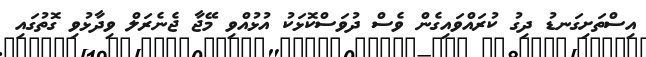
އިސްތަށިގަނޑު ދިގު ކުރައްވައިގެން ވެސް ދުވަސްކޮޅަކު އުޅުއްވި މޭޖާ ޖެނެރަލް ވިދާޅުވި ގޮތުގައި